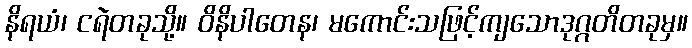
နိရယံ၊ ငရဲတခုသို့။ ဝိနိပါတေန၊ မကောင်းသဖြင့်ကျသောဒုဂ္ဂတိတခုမှ။